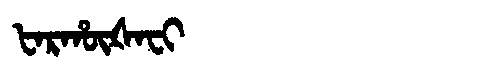
Manchu: ᡶᠠᡵᡥᡡᡧᠠᠸᡳ
Romanization: FARHŪŠAFI